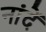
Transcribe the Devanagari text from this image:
नांदें